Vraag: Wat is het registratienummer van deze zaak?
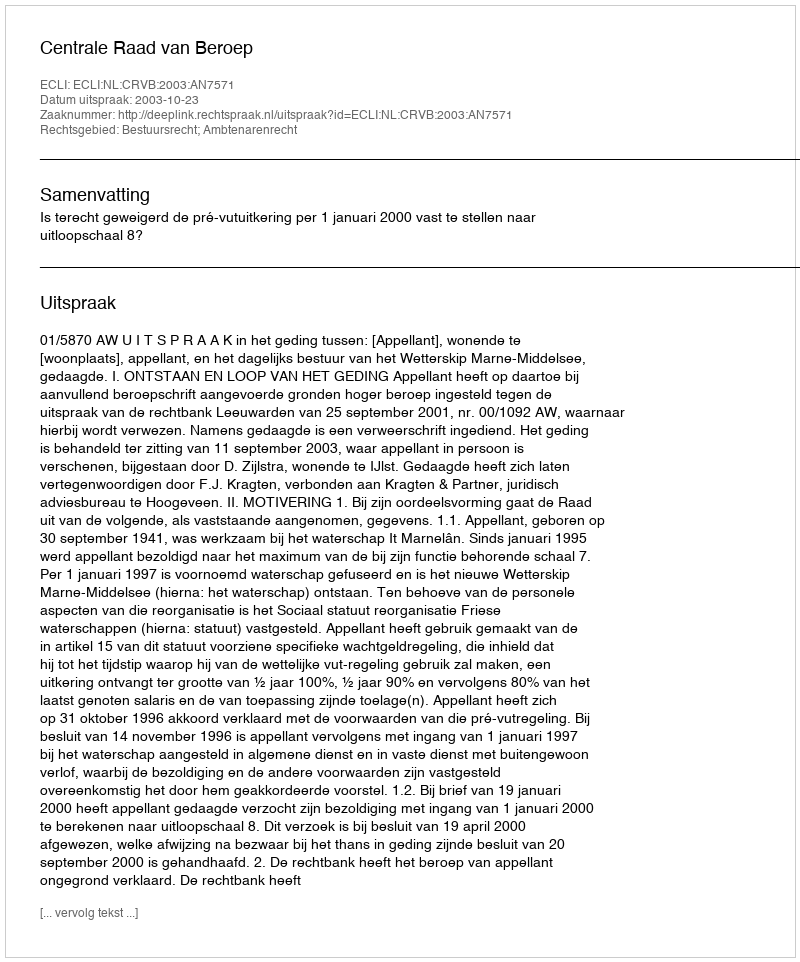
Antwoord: http://deeplink.rechtspraak.nl/uitspraak?id=ECLI:NL:CRVB:2003:AN7571